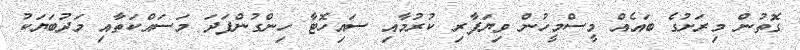
ގޮތުން މިރަށުގެ ބައެއް މީސްމީހުން ވިޔަފާރި ކުރުމާއި ސައިހޮޓާ ހިންގުންފަދަ މަސައްކަތާއި މަދުބަޔަކު